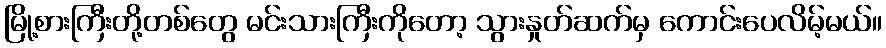
မြို့စားကြီးတို့တစ်တွေ မင်းသားကြီးကိုတော့ သွားနှုတ်ဆက်မှ ကောင်းပေလိမ့်မယ်။